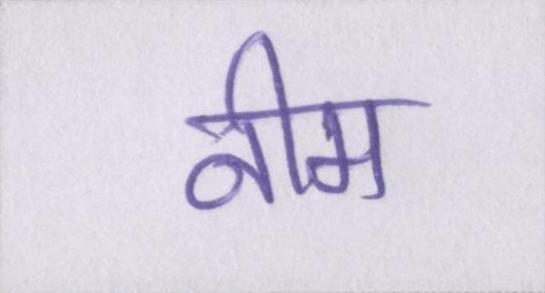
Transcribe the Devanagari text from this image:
नीम